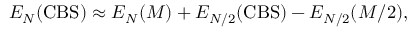
E _ { N } ( \mathrm { C B S } ) \approx E _ { N } ( M ) + E _ { N / 2 } ( \mathrm { C B S } ) - E _ { N / 2 } ( M / 2 ) ,